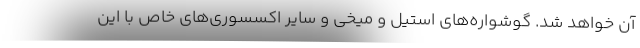
آن خواهد شد. گوشواره‌های استیل و میخی و سایر اکسسوری‌های خاص با این